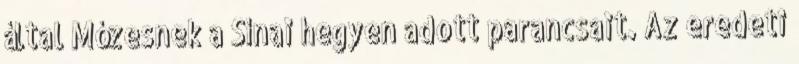
által Mózesnek a Sínai hegyen adott parancsait. Az eredeti